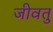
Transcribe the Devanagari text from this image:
जीवतु